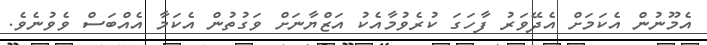
އެމޫނުން އެކަމަށް އެދޭވަރު ފާހަގަ ކުރެވުމާއެކު އަޒްޔާނަށް ވަގުތުން އެކަމާ އެއްބަސް ވެވުނެވެ.